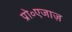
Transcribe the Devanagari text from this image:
प्रो॰एजाज़